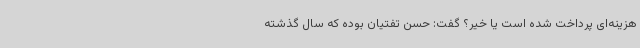
هزینه‌ای پرداخت شده است یا خیر؟ گفت: حسن تفتیان بوده که سال گذشته